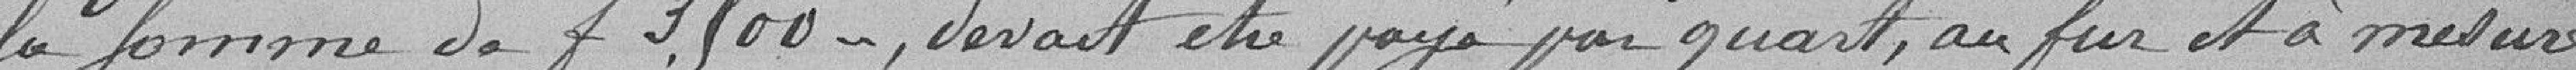
la somme de 3500 francs, devait être payé par quart, au fur et à mesure